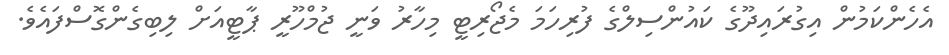
އެހެންކަމުން އިގުރައިދޫގެ ކައުންސިލްގެ ފުރިހަމަ މެޖޯރިޓީ މިހާރު ވަނީ ޖުމްހޫރީ ޕާޓީއަށް ލިބިގެންގޮސްފައެވެ.